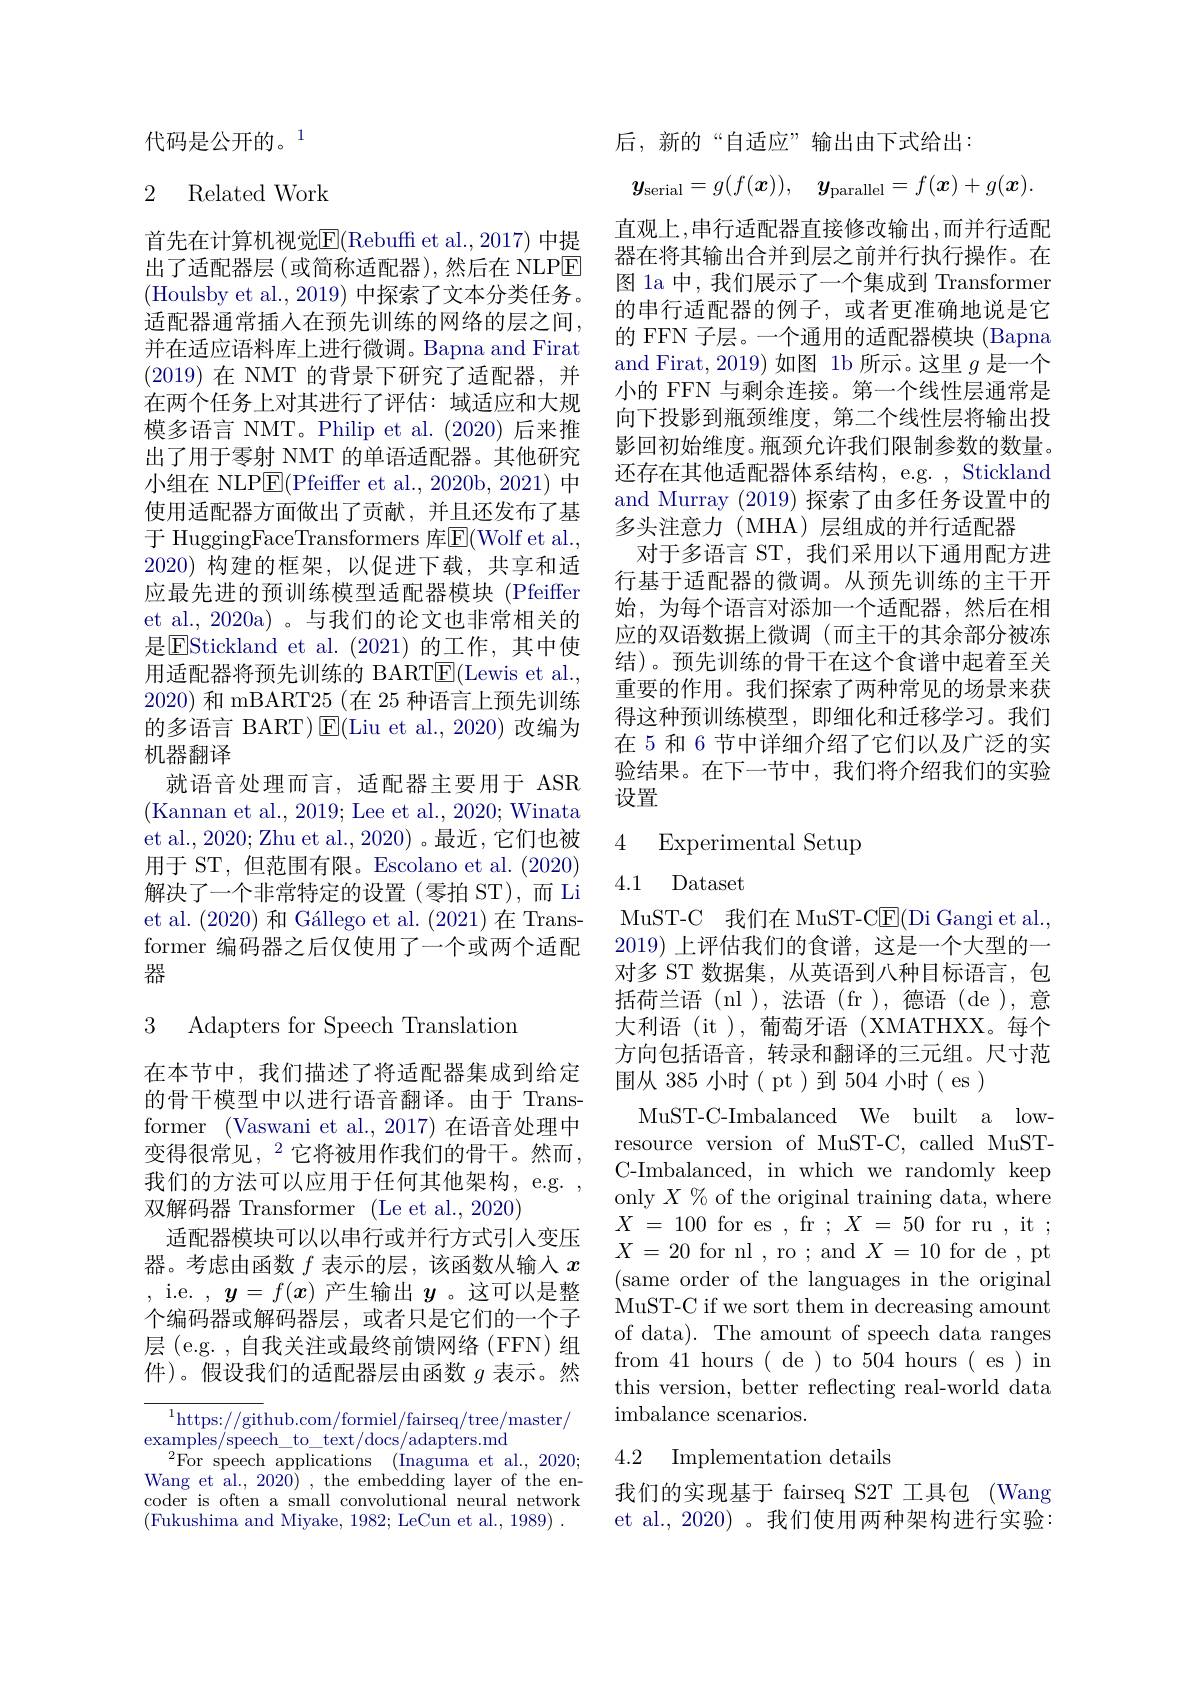
代码是公开的。$^{1}$

## 2 Related Work

首先在计算机视觉E(Rebuff et al.,2017)中提供出了适配器层(或简称适配器),然后在 NLPE (Houlsby et al., 2019) 中探索了文本分类任务。适配器通常插入在预先训练的网络的层之间， 并在适应语料库上进行微调。Bapna and Firat (2019)在 NMT 的背景下研究了适配器，并在两个任务上对其进行了评估：域适应和大规模多语言 NMT。Philip et al.(2020)后来推出了用于零射 NMT 的单语适配器。其他研究小组在 NLP$\underline{\mathrm{E}}($Pfeiffer et al., 2020b, 2021) 中使用适配器方面做出了贡献，并且还发布了基于 HuggingFaceTransformers 库$\overline{\mathrm{E}}($Wolf et al. 2020)构建的框架，以促进下载，共享和适应最先进的预训练模型适配器模块 (Pfeiffer et al., 2020a) 。与我们的论文也非常相关的是$\underline{\mathrm{EStickland~et~al.~(2021)~}}$的工作，其中使用适配器将预先训练的 BARTE(Lewis et al., 2020)和 mBART25 (在 25 种语言上预先训练的多语言 BART)$\operatorname{E}($Liu et al., 2020) 改编为机器翻译
就语音处理而言，适配器主要用于 ASR (Kannan et al., 2019; Lee et al., 2020; Winata et al., 2020; Zhu et al., 2020)。最近，它们也被用于 ST, 但范围有限。Escolano et al. (2020) 解决了一个非常特定的设置(零拍 ST),而 Li et al. (2020)和 Gállego et al. (2021)在 Transformer 编码器之后仅使用了一个或两个适配器

3 Adapters for Speech Translation

在本节中，我们描述了将适配器集成到给定的骨干模型中以进行语音翻译。由于 Transformer (Vaswani et al., 2017)在语音处理中变得很常见，$^2$它将被用作我们的骨干。然而， 我们的方法可以应用于任何其他架构，e.g. , 双解码器 Transformer (Le et al., 2020)
适配器模块可以以串行或并行方式引人变压器。考虑由函数$f$表示的层，该函数从输入$x$ , i.e. $,\boldsymbol{y}=f(\boldsymbol{x})$产生输出$\boldsymbol{y}$。这可以是整个编码器或解码器层，或者只是它们的一个子层 (e.g. , 自我关注或最终前馈网络 (FFN) 组件)。假设我们的适配器层由函数$g$表示。然

$^{1}$https://github.com/formiel/fairseq/tree/master/
examples/speech\_to\_text/docs/adapters.md
$^{2}$For speech applications (Inaguma et al., 2020; Wang et al., 2020) , the embedding layer of the encoder is often a small convolutional neural network (Fukushima and Miyake, 1982; LeCun et al., 1989) .

后，新的“自适应”输出由下式给出：
$$\boldsymbol{y}_{\mathrm{serial}}=g(f(\boldsymbol{x})),\quad\boldsymbol{y}_{\mathrm{parallel}}=f(\boldsymbol{x})+g(\boldsymbol{x}).$$
直观上，串行适配器直接修改输出，而并行适配器在将其输出合并到层之前并行执行操作。在图 la 中，我们展示了一个集成到 Transformer 的串行适配器的例子，或者更准确地说是它的 FFN 子层。一个通用的适配器模块 (Bapna and Firat, 2019) 如图 1b 所示。这里$g$是一个小的 FFN 与剩余连接。第一个线性层通常是向下投影到瓶颈维度，第二个线性层将输出投影回初始维度。瓶颈允许我们限制参数的数量。还存在其他适配器体系结构，e.g. , Stickland and Murray (2019) 探索了由多任务设置中的多头注意力 (MHA)层组成的并行适配器
对于多语言 ST, 我们采用以下通用配方进行基于适配器的微调。从预先训练的主干开始，为每个语言对添加一个适配器，然后在相应的双语数据上微调(而主干的其余部分被冻结)。预先训练的骨干在这个食谱中起着至关重要的作用。我们探索了两种常见的场景来获得这种预训练模型，即细化和迁移学习。我们在 5 和 6 节中详细介绍了它们以及广泛的实验结果。在下一节中，我们将介绍我们的实验设置

# 4 Experimental Setup

4.1 Dataset
MuST-C 我们在 MuST-C$\underline{\mathrm{E}}($Di Gangi et al.. 2019)上评估我们的食谱，这是一个大型的一对多 ST 数据集，从英语到八种目标语言，包${\text{括荷兰语(nl),法语(fr),德语(de),意}}$ 大利语 (it),葡萄牙语 (XMATHXX。每个方向包括语音，转录和翻译的三元组。尺寸范围从 385 小时( pt)到 504 小时( es )
MuST-C-Imbalanced We built a lowresource version of MuST-C, called MuSTC-Imbalanced, in which we randomly keep only $X\%$ of the original training data, where $X$ = 100 for es , fr $; X$ = 50 for ru , it ; $X=20$ for nl , ro ; and $X=10$ for de , pt (same order of the languages in the original MuST-C if we sort them in decreasing amount of data). The amount of speech data ranges from 41 hours ( de ) to 504 hours ( es ) in this version, better reflecting real-world data imbalance scenarios.

## 4.2 Implementation details

我们的实现基于 fairseq S2T 工具包 (Wang et al., 2020) 。我们使用两种架构进行实验：